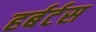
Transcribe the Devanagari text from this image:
हर्बर्टस